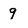
Character: 9